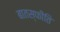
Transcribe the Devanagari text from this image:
बातस्फीति